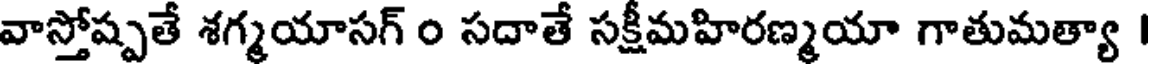
వాస్తోష్పతే శగ్మయాసగ్ ం సదాతే సక్షీమహిరణ్మయా గాతుమత్యా